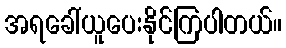
အရခေါ်ယူပေးနိုင်ကြပါတယ်။